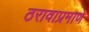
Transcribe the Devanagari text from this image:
ठरावाप्रमाणे